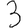
Digit: 3